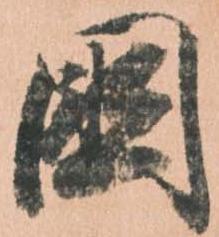
国